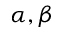
\alpha , \beta